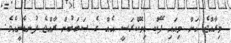
މިރާއްޖެ އަށް މިއައި ފޭކް ޑިމޮކްރަސީ އެއް ގެ ސަބަބުން ރާއްޖެ ފުނޑެނީއެވެ.